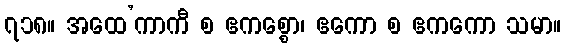
၇၁၈။ အထေ’ကာကီ စ ဧကစ္စော၊ ဧကော စ ဧကကော သမာ။